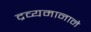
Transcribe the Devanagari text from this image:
द्रव्यमानाने